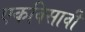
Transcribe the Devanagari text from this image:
एकविसावी